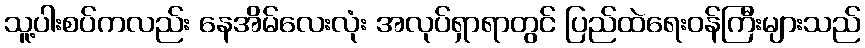
သူ့ပါးစပ်ကလည်း နေအိမ်လေးလုံး အလုပ်ရှာရာတွင် ပြည်ထဲရေးဝန်ကြီးများသည်